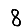
Digit: 8